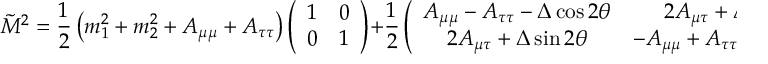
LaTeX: \tilde { { \cal M } } ^ { 2 } = \frac { 1 } { 2 } \left( m _ { 1 } ^ { 2 } + m _ { 2 } ^ { 2 } + A _ { \mu \mu } + A _ { \tau \tau } \right) \left( \begin{array} { c c } { { 1 } } & { { 0 } } \\ { { 0 } } & { { 1 } } \end{array} \right) + \frac { 1 } { 2 } \left( \begin{array} { c c } { { A _ { \mu \mu } - A _ { \tau \tau } - \Delta \cos 2 \theta } } & { { 2 A _ { \mu \tau } + \Delta \sin 2 \theta } } \\ { { 2 A _ { \mu \tau } + \Delta \sin 2 \theta } } & { { - A _ { \mu \mu } + A _ { \tau \tau } + \Delta \cos 2 \theta } } \end{array} \right) .